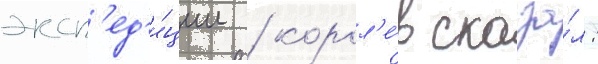
эксп'ед'и́ции / корол'е́в сказа́л: